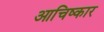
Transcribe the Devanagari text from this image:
आचिष्कार